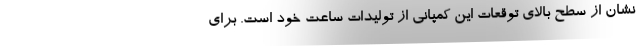
نشان از سطح بالای توقعات این کمپانی از تولیدات ساعت خود است. برای